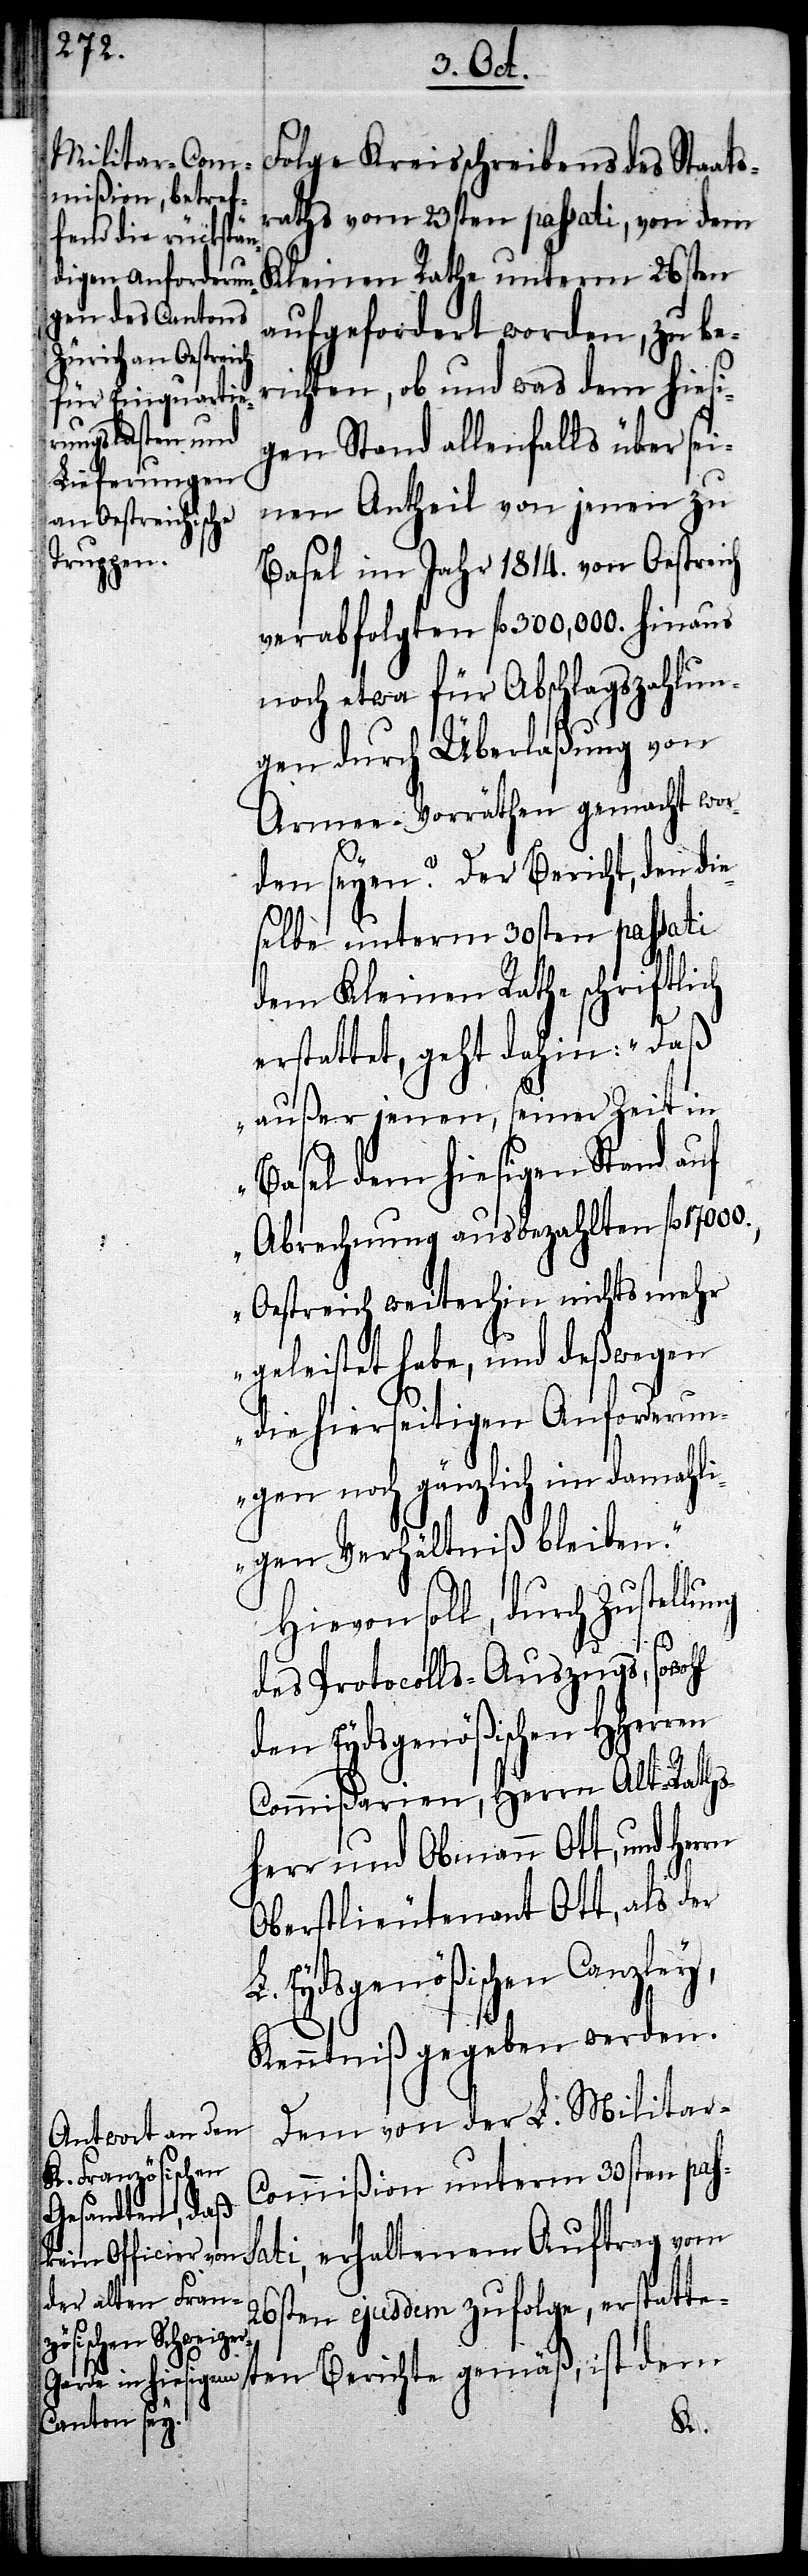
Folge Kreisschreibens des Staats¬
raths vom 23sten passati, von dem
Kleinen Rathe unterm 26sten
aufgefordert worden, zu ber¬
ichten, ob und was dem hiesi¬
gen Stand allenfalls über sei¬
nen Antheil von jenen zu
Basel im Jahr 1814. von Oestreich
verabfolgten fl 300,000. hinaus
noch etwa für Abschlagszahlun¬
gen durch Überlaßung von
Armee-Vorräthen gemacht wor¬
den seyen? Der Bericht, den die¬
selbe unterm 30sten passati
dem Kleinen Rathe schriftlich
erstattet, geht dahin: „Daß
außer jenen, seiner Zeit in
Basel dem hiesigen Stand auf
Abrechnung ausbezahlten fl 17000.,
Oestreich weiterhin nichts mehr
geleistet habe, und deßwegen
die hierseitigen Anforderun¬
gen noch gänzlich im damahli¬
gen Verhältniß bleiben.“
Hievon soll, durch Zustellu¬
des Protocolls-Auszugs,
den Eydsgenößischen HHerren
Commißarien, Herrn Alt-Raths¬
herr und Obmann Ott, und
Oberstlieutenant Ott, als der
L. Eydsgenößischen Canzley,
Kenntniß gegeben werden.
Dem von der L. Militar-C¬
ommißion unterm 30sten pass¬
ati, erhaltenem Auftrag vom
26sten ejusdem zufolge, erstatte¬
ten Berichte gemäß, ist dem
ng